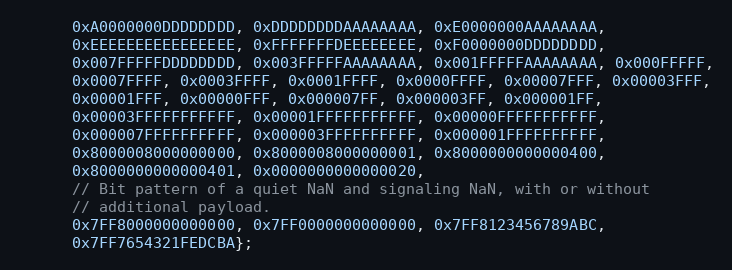
Language: C
      0xA0000000DDDDDDDD, 0xDDDDDDDDAAAAAAAA, 0xE0000000AAAAAAAA,
      0xEEEEEEEEEEEEEEEE, 0xFFFFFFFDEEEEEEEE, 0xF0000000DDDDDDDD,
      0x007FFFFFDDDDDDDD, 0x003FFFFFAAAAAAAA, 0x001FFFFFAAAAAAAA, 0x000FFFFF,
      0x0007FFFF, 0x0003FFFF, 0x0001FFFF, 0x0000FFFF, 0x00007FFF, 0x00003FFF,
      0x00001FFF, 0x00000FFF, 0x000007FF, 0x000003FF, 0x000001FF,
      0x00003FFFFFFFFFFF, 0x00001FFFFFFFFFFF, 0x00000FFFFFFFFFFF,
      0x000007FFFFFFFFFF, 0x000003FFFFFFFFFF, 0x000001FFFFFFFFFF,
      0x8000008000000000, 0x8000008000000001, 0x8000000000000400,
      0x8000000000000401, 0x0000000000000020,
      // Bit pattern of a quiet NaN and signaling NaN, with or without
      // additional payload.
      0x7FF8000000000000, 0x7FF0000000000000, 0x7FF8123456789ABC,
      0x7FF7654321FEDCBA};